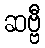
ဆဗ္ဗီ